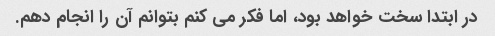
در ابتدا سخت خواهد بود، اما فکر می کنم بتوانم آن را انجام دهم.